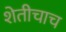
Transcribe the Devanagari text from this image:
शेतीचाच